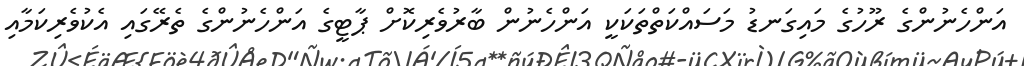
އަންހެނުންގެ ރޫހުގެ މައިގަނޑު މަސައްކަތްތަކަކީ އަންހެނުން ބާރުވެރިކޮށް ޕާޓީގެ އަންހެނުންގެ ތެރޭގައި އެކުވެރިކަމާއި